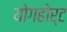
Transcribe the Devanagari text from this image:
योगहोर्ट